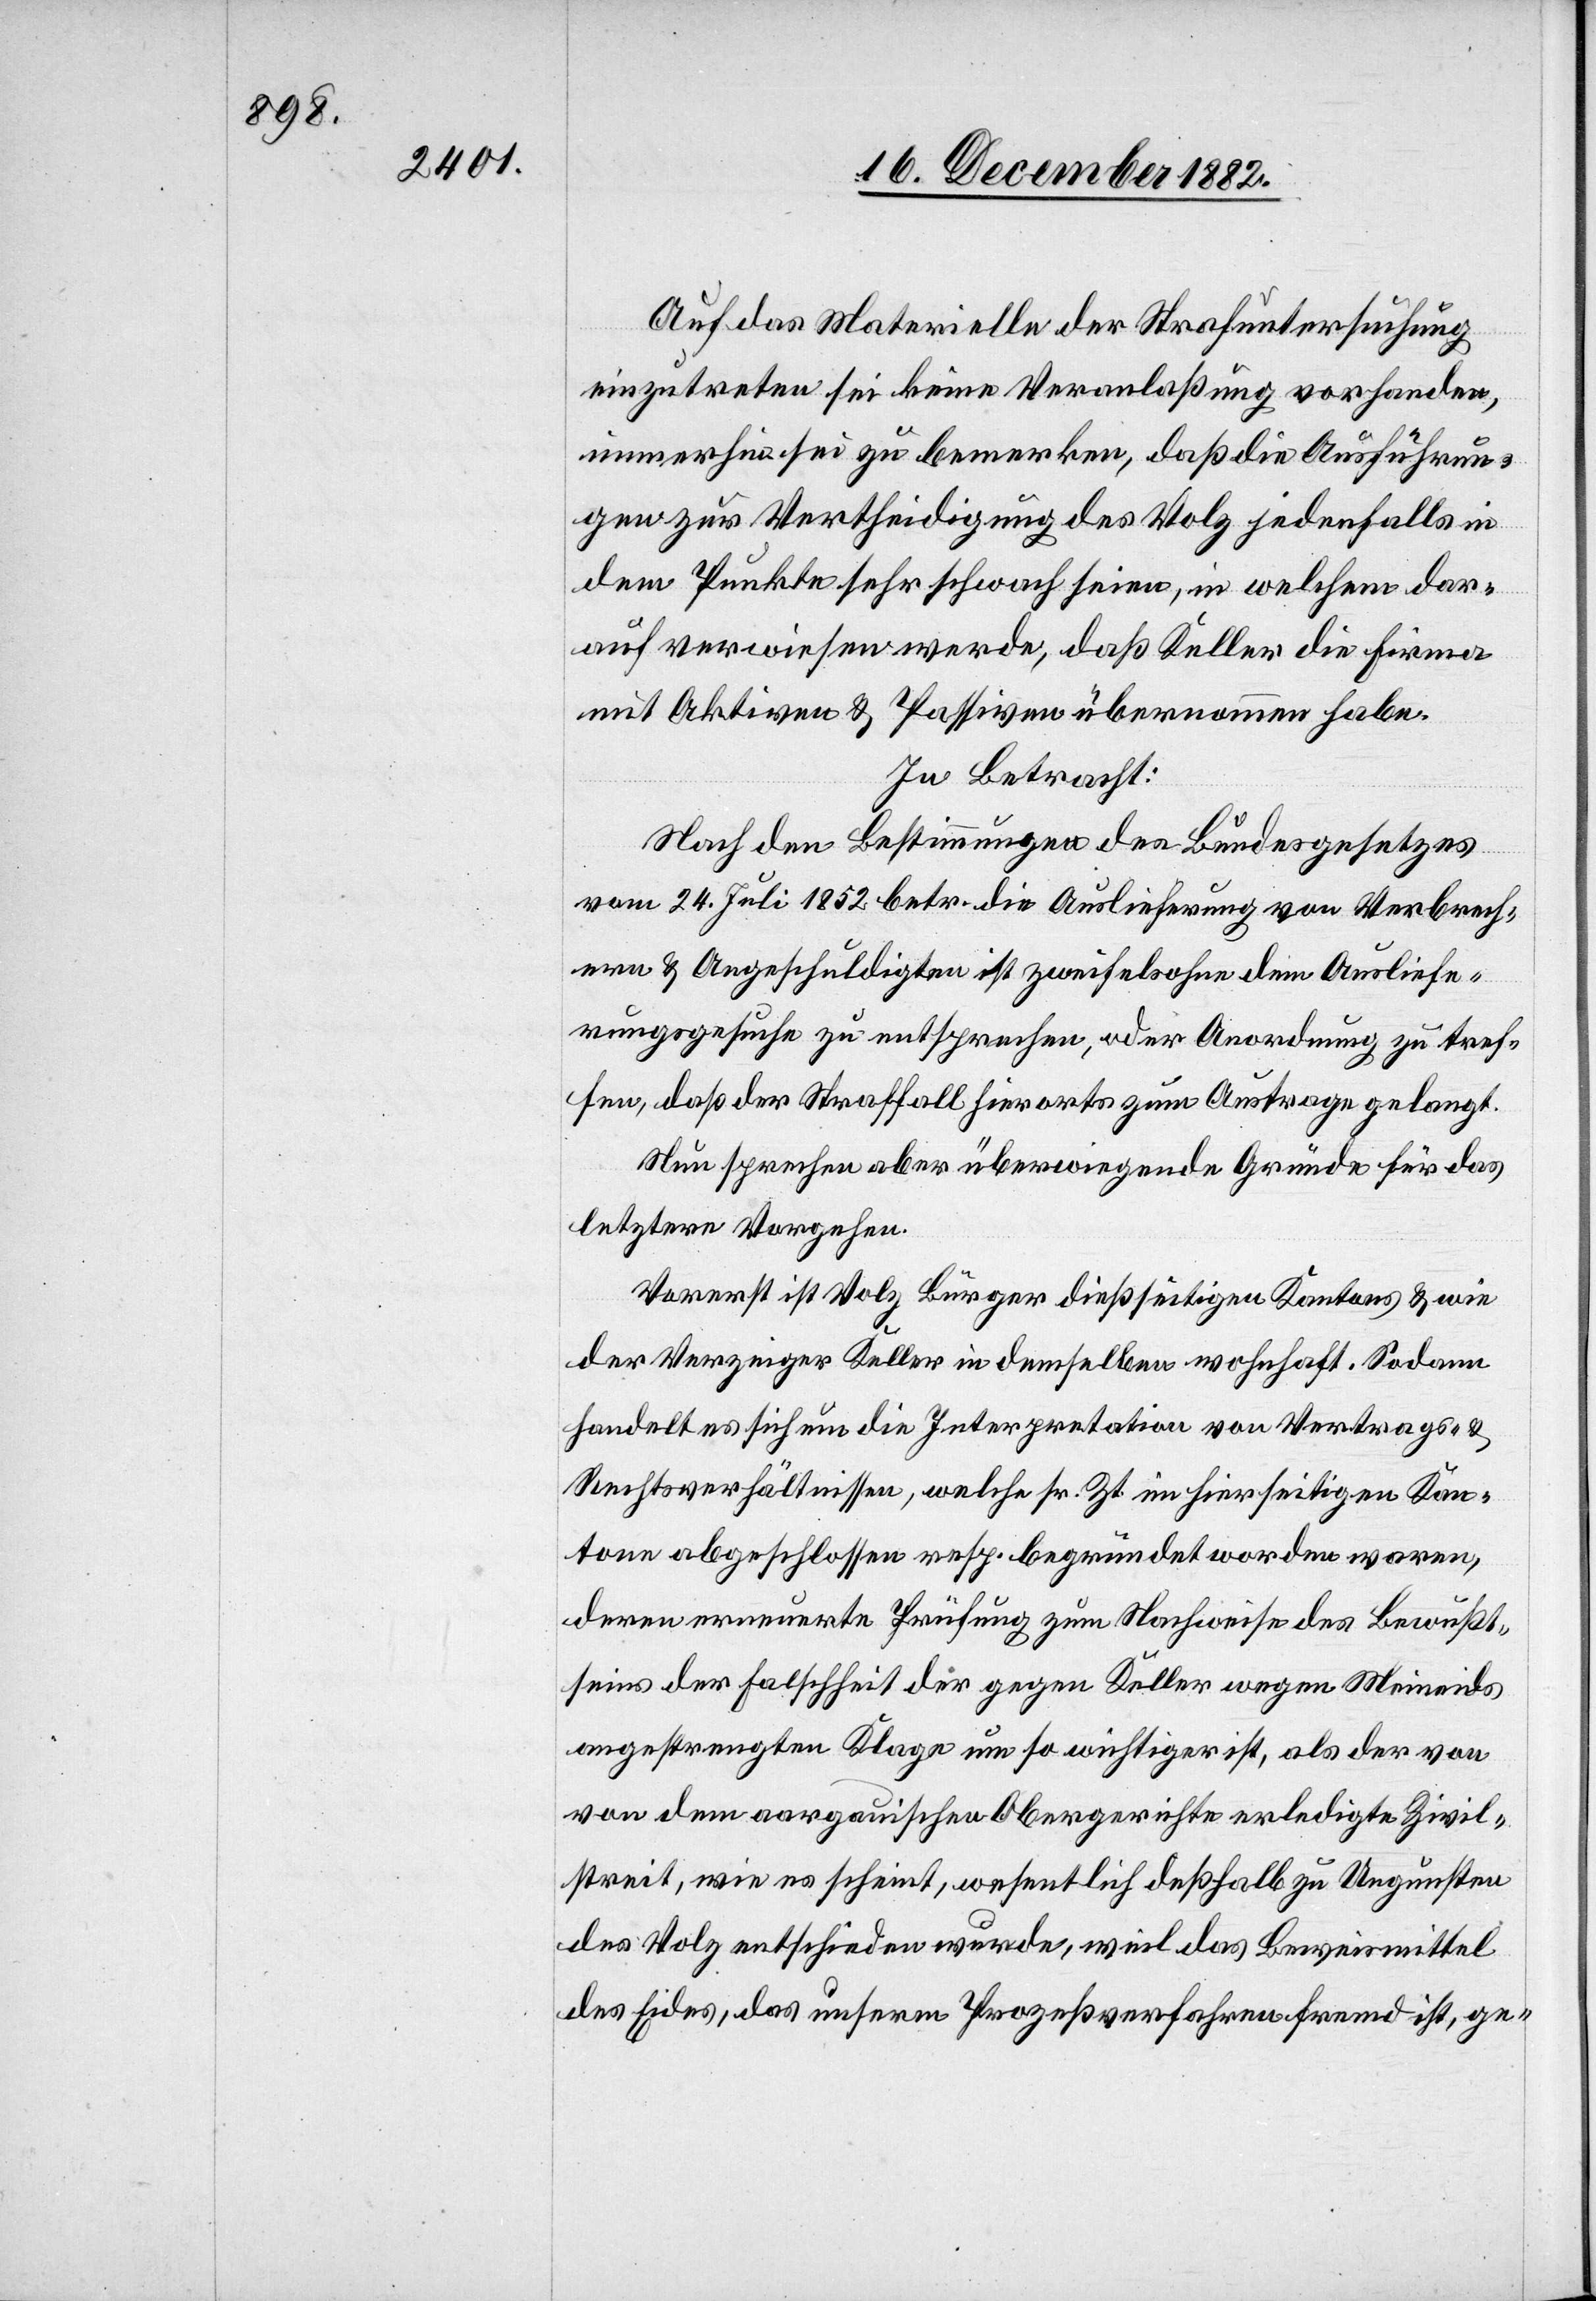
Auf das Materielle der Strafuntersuchung
einzutreten sei keine Veranlaßung vorhanden,
immerhin sei zu bemerken, daß die Ausführun¬
gen zur Vertheidigung des Volz jedenfalls in
dem Punkte sehr schwach seien, in welchem dar¬
auf verwiesen werde, daß Keller die Firma
mit Aktiven & Passiven übernommen habe.
In Betracht:
Nach den Bestimmungen des Bundesgesetzes
vom 24. Juli 1852 betr. die Auslieferung von Verbrech¬
ern & Angeschuldigten ist zweifelsohne dem Ausliefe¬
rungsgesuche zu entsprechen, oder Anordnung zu tref¬
fen, daß der Straffall hierorts zum Austrage gelangt.
Nun sprechen aber überwiegende Gründe für das
letztere Vorgehen.
Vorerst ist Volz Bürger dießseitigen Kantons & wie
der Verzeiger Keller in demselben wohnhaft. Sodann
handelt es sich um die Interpretation von Vertrags- &
Rechtsverhältnissen, welche sr. Zt. im hierseitigen Kan¬
tone abgeschlossen resp. begründet worden waren,
deren erneuerte Prüfung zum Nachweise des Bewußt¬
seins der Falschheit der gegen Keller wegen Meineids
angestrengten Klage um so wichtiger ist, als der von
[sic!] dem aargauischen Obergerichte erledigte Zivil¬
streit, wie es scheint, wesentlich deßhalb zu Ungunsten
des Volz entschieden wurde, weil das Beweismittel
des Eides, das unserm Prozeßverfahren fremd ist, ge-